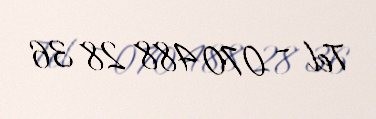
Tel - 070 488 28 36